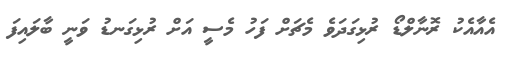
އެއާއެކު ރޮނާލްޑޯ ރުޅިގަދަވެ މެޗަށް ފަހު މެސީ އަށް ރުޅިގަނޑު ވަނީ ބާލައިފަ